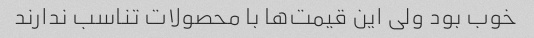
خوب بود ولی این قیمت‌ها با محصولات تناسب ندارند